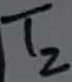
Text: T2